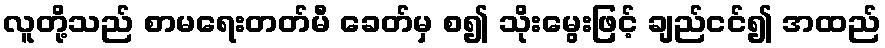
လူတို့သည် စာမရေးတတ်မီ ခေတ်မှ စ၍ သိုးမွေးဖြင့် ချည်ငင်၍ အထည်